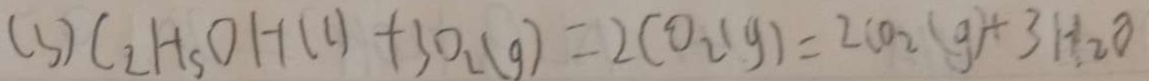
( 3 ) C _ { 2 } H _ { 3 } O H ( C ) + 3 0 _ { 2 } ( g ) = 2 C 0 _ { 2 } ( g ) = 2 C 0 _ { 2 } ( g ) + 3 H _ { 2 } O